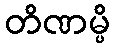
တိဏမ္ပိ